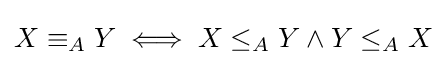
X\equiv _{A}Y\iff X\leq _{A}Y\land Y\leq _{A}X